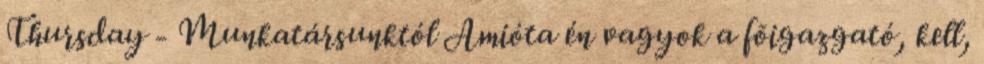
Thursday - Munkatársunktól Amióta én vagyok a fõigazgató, kell,